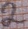
Text: 2